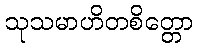
သုသမာဟိတစိတ္တော